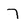
Character: 7